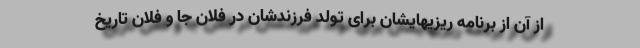
از آن از برنامه ریزیهایشان برای تولد فرزندشان در فلان جا و فلان تاریخ